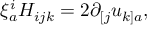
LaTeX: \xi _ { a } ^ { i } H _ { i j k } = 2 \partial _ { [ j } u _ { k ] a } ,